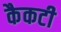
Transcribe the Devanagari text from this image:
कैकटी